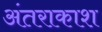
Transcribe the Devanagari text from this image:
अंतराकाश